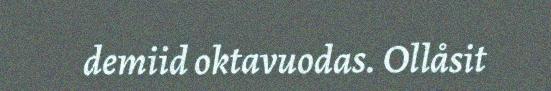
demiid oktavuodas. Ollåsit